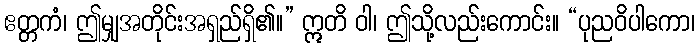
ဧတ္တကံ၊ ဤမျှအတိုင်းအရှည်ရှိ၏။” ဣတိ ဝါ၊ ဤသို့လည်းကောင်း။ “ပုညဝိပါကော၊